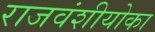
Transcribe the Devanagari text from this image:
राजवंशीयोका